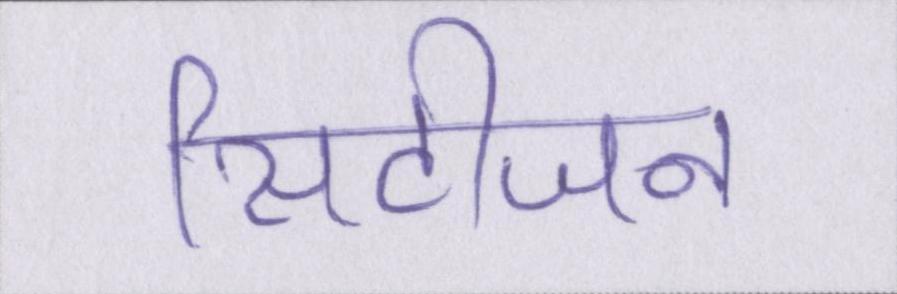
सिटीजन